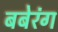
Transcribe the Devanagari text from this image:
बबेरंग